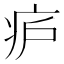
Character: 𬏞